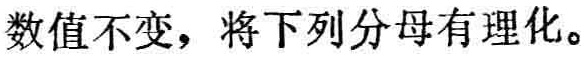
数值不变，将下列分母有理化。